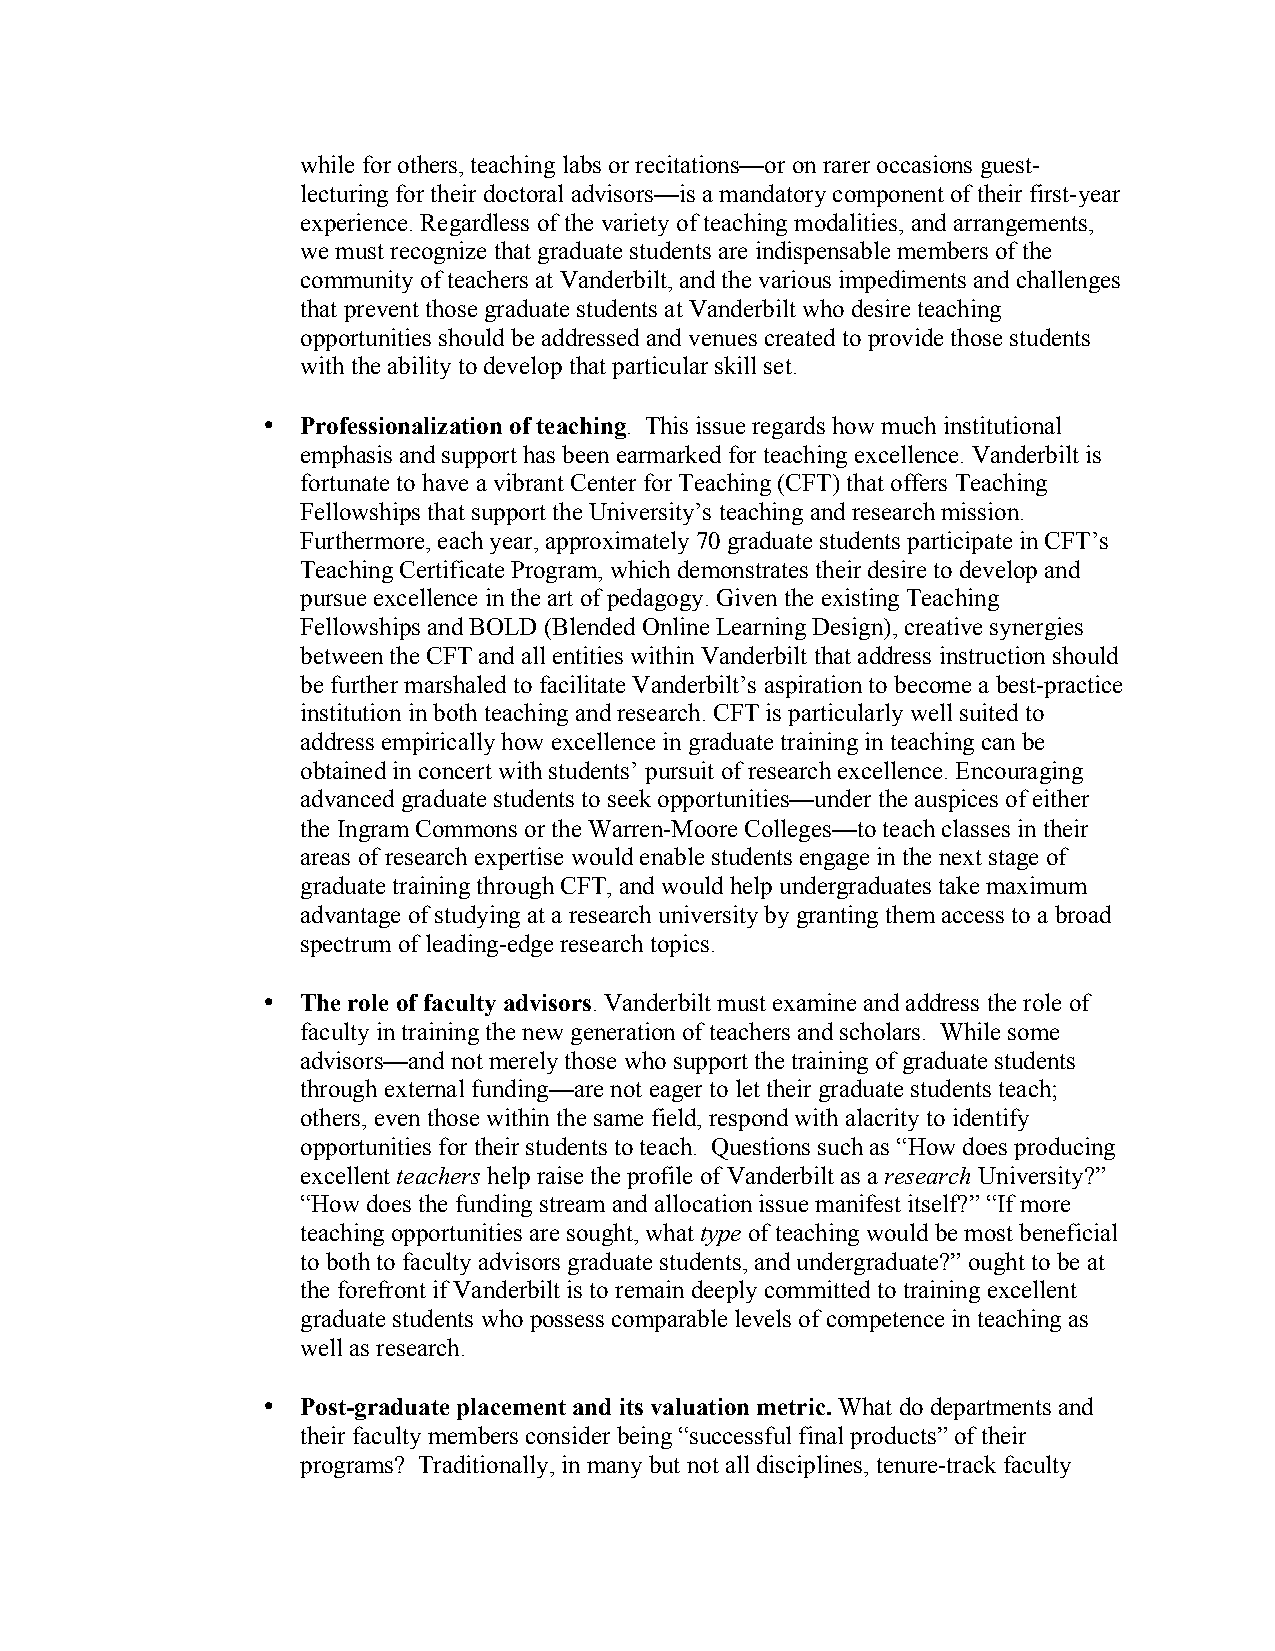
while for others, teaching labs or recitations—or on rarer occasions guest-
 lecturing for their doctoral advisors—is a mandatory component of their first-year
 experience. Regardless of the variety of teaching modalities, and arrangements,
 we must recognize that graduate students are indispensable members of the
 community of teachers at Vanderbilt, and the various impediments and challenges
 that prevent those graduate students at Vanderbilt who desire teaching
 opportunities should be addressed and venues created to provide those students
 with the ability to develop that particular skill set.
 •  Professionalization of teaching. This issue regards how much institutional
 emphasis and support has been earmarked for teaching excellence. Vanderbilt is
 fortunate to have a vibrant Center for Teaching (CFT) that offers Teaching
 Fellowships that support the University’s teaching and research mission.
 Furthermore, each year, approximately 70 graduate students participate in CFT’s
 Teaching Certificate Program, which demonstrates their desire to develop and
 pursue excellence in the art of pedagogy. Given the existing Teaching
 Fellowships and BOLD (Blended Online Learning Design), creative synergies
 between the CFT and all entities within Vanderbilt that address instruction should
 be further marshaled to facilitate Vanderbilt’s aspiration to become a best-practice
 institution in both teaching and research. CFT is particularly well suited to
 address empirically how excellence in graduate training in teaching can be
 obtained in concert with students’ pursuit of research excellence. Encouraging
 advanced graduate students to seek opportunities—under the auspices of either
 the Ingram Commons or the Warren-Moore Colleges—to teach classes in their
 areas of research expertise would enable students engage in the next stage of
 graduate training through CFT, and would help undergraduates take maximum
 advantage of studying at a research university by granting them access to a broad
 spectrum of leading-edge research topics.
 •  The role of faculty advisors. Vanderbilt must examine and address the role of
 faculty in training the new generation of teachers and scholars. While some
 advisors—and not merely those who support the training of graduate students
 through external funding—are not eager to let their graduate students teach;
 others, even those within the same field, respond with alacrity to identify
 opportunities for their students to teach. Questions such as “How does producing
 excellent teachers help raise the profile of Vanderbilt as a research University?”
 “How does the funding stream and allocation issue manifest itself?” “If more
 teaching opportunities are sought, what type of teaching would be most beneficial
 to both to faculty advisors graduate students, and undergraduate?” ought to be at
 the forefront if Vanderbilt is to remain deeply committed to training excellent
 graduate students who possess comparable levels of competence in teaching as
 well as research.
 •  Post-graduate placement and its valuation metric. What do departments and
 their faculty members consider being “successful final products” of their
 programs? Traditionally, in many but not all disciplines, tenure-track faculty